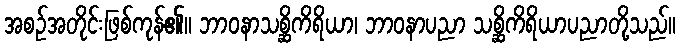
အစဉ်အတိုင်းဖြစ်ကုန်၏။ ဘာဝနာသစ္ဆိကိရိယာ၊ ဘာဝနာပညာ သစ္ဆိကိရိယာပညာတို့သည်။